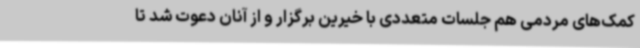
کمک‌های مردمی هم جلسات متعددی با خیرین برگزار و از آنان دعوت شد تا